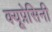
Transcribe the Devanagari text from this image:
क्यूप्रेसिनी